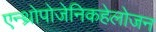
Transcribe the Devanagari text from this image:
एन्थ्रोपोजेनिकहेलोजन